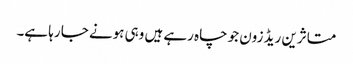
متاثرین ریڈ زون جو چاہ رہے ہیں وہی ہونے جا رہا ہے۔